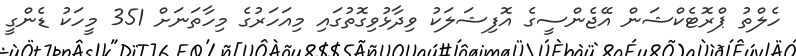
ހެލްތު ޕްރޮޓެކްޝަން އޭޖެންސީގެ އޮފިޝަލަކު ވިދާޅުވިގޮތުގައި މިއަހަރުގެ މިހާތަަނަށް 351 މީހަކު ޑެންގީ